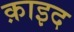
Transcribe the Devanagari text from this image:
क़ाइद